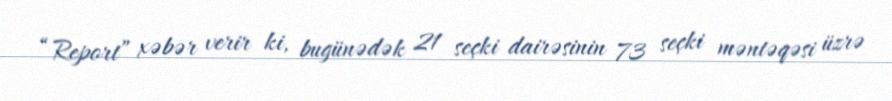
“Report” xəbər verir ki, bugünədək 21 seçki dairəsinin 73 seçki məntəqəsi üzrə